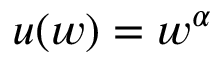
u ( w ) = w ^ { \alpha }